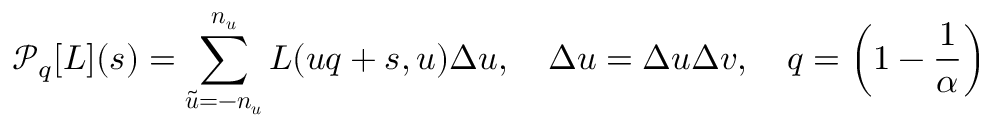
{ \mathcal { P } } _ { q } [ L ] ( { \boldsymbol { s } } ) = \sum _ { { \tilde { \boldsymbol { u } } } = - { \boldsymbol { n } } _ { \boldsymbol { u } } } ^ { { \boldsymbol { n } } _ { \boldsymbol { u } } } L ( { \boldsymbol { u } } q + { \boldsymbol { s } } , { \boldsymbol { u } } ) \Delta { \boldsymbol { u } } , \quad \Delta { \boldsymbol { u } } = \Delta u \Delta v , \quad q = \left( 1 - { \frac { 1 } { \alpha } } \right)